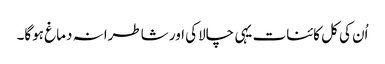
اُن کی کل کائنات یہی چالاکی اور شاطرانہ دماغ ہوگا۔